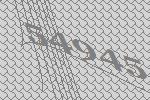
54945